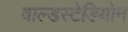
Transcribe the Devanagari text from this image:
वाल्डस्टेडियोन